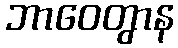
ဘာဝေတွာန